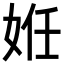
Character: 姙